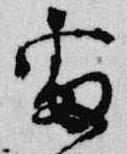
雷